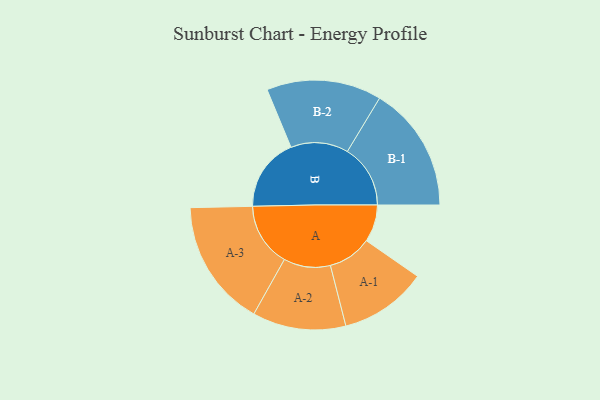
{"axis": {"x": "Segment", "y": "Value"}, "legend": ["", "A", "B"], "data": [{"x": "A", "y": 114, "type": ""}, {"x": "B", "y": 225, "type": ""}, {"x": "A-1", "y": 134, "type": "A"}, {"x": "A-2", "y": 143, "type": "A"}, {"x": "A-3", "y": 195, "type": "A"}, {"x": "B-1", "y": 193, "type": "B"}, {"x": "B-2", "y": 176, "type": "B"}]}